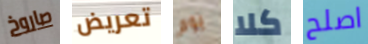
صاروخ تعريض يوم كلا اصلح